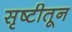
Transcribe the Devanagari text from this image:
सृष्टीतून